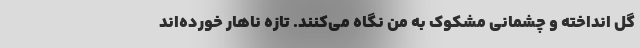
گل انداخته و چشمانی مشکوک به من نگاه می‌کنند. تازه ناهار خورده‌اند